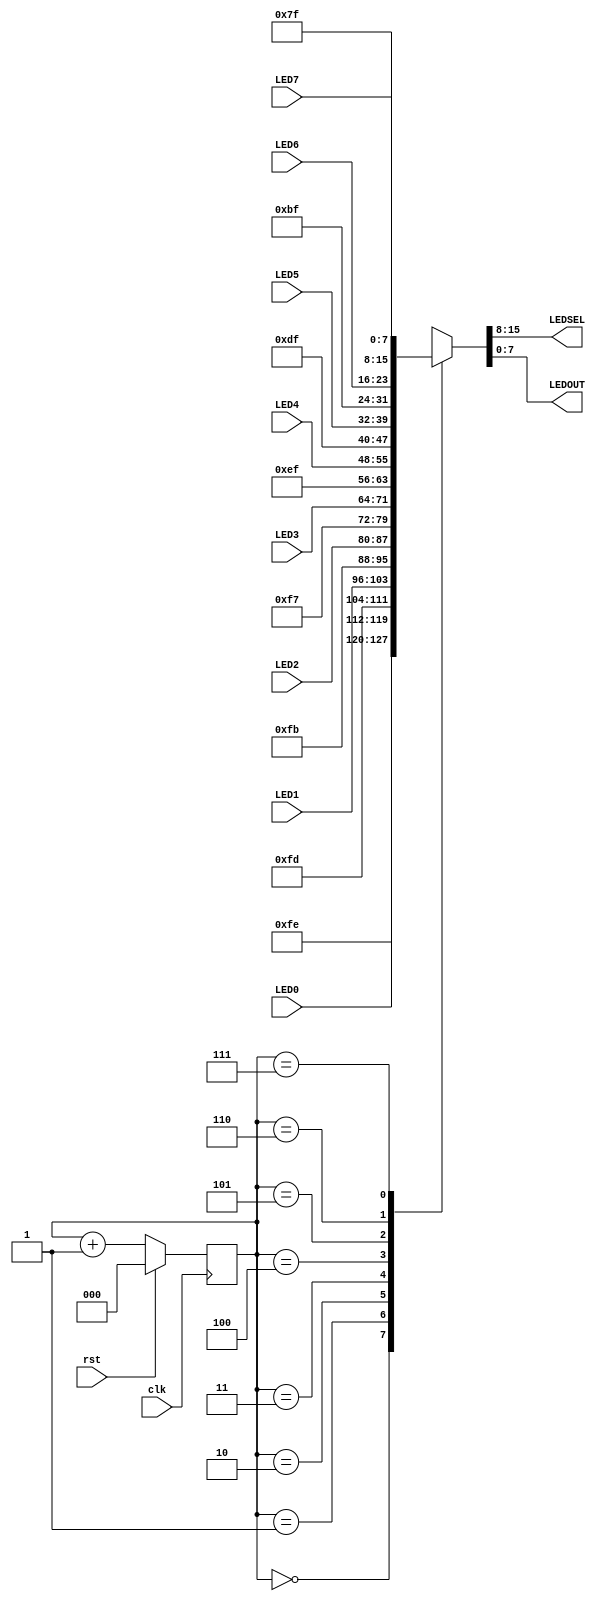
`timescale 1ns / 1ps
//////////////////////////////////////////////////////////////////////////////////
// Company: 
// Engineer: 
// 
// Design Name: 
// Module Name: led_mux
// Project Name: 
// Target Devices: 
// Tool Versions: 
// Description: 
// 
// Dependencies: 
// 
// Revision:
// Revision 0.01 - File Created
// Additional Comments:
// 
//////////////////////////////////////////////////////////////////////////////////


module led_mux
(input clk, rst, input [7:0] LED7, LED6, LED5, LED4, LED3, LED2, LED1, LED0,
output [7:0] LEDSEL, LEDOUT);
        reg [2:0]   index;
        reg [15:0]  led_ctrl;
        
        assign {LEDSEL, LEDOUT} = led_ctrl;
        
        always @ (posedge clk) index <= (rst) ? 3'b0 : (index + 3'd1);
        
        always @ (index, LED0, LED1, LED2, LED3, LED4, LED5, LED6, LED7)
        begin
                case (index)
                        0:      led_ctrl <= {8'b11111110, LED0};
                        1:      led_ctrl <= {8'b11111101, LED1};
                        2:      led_ctrl <= {8'b11111011, LED2};
                        3:      led_ctrl <= {8'b11110111, LED3};
                        4:      led_ctrl <= {8'b11101111, LED4};
                        5:      led_ctrl <= {8'b11011111, LED5};
                        6:      led_ctrl <= {8'b10111111, LED6};
                        7:      led_ctrl <= {8'b01111111, LED7};
                        default:led_ctrl <= {8'b11111111, 8'hFF};
                endcase
        end
endmodule